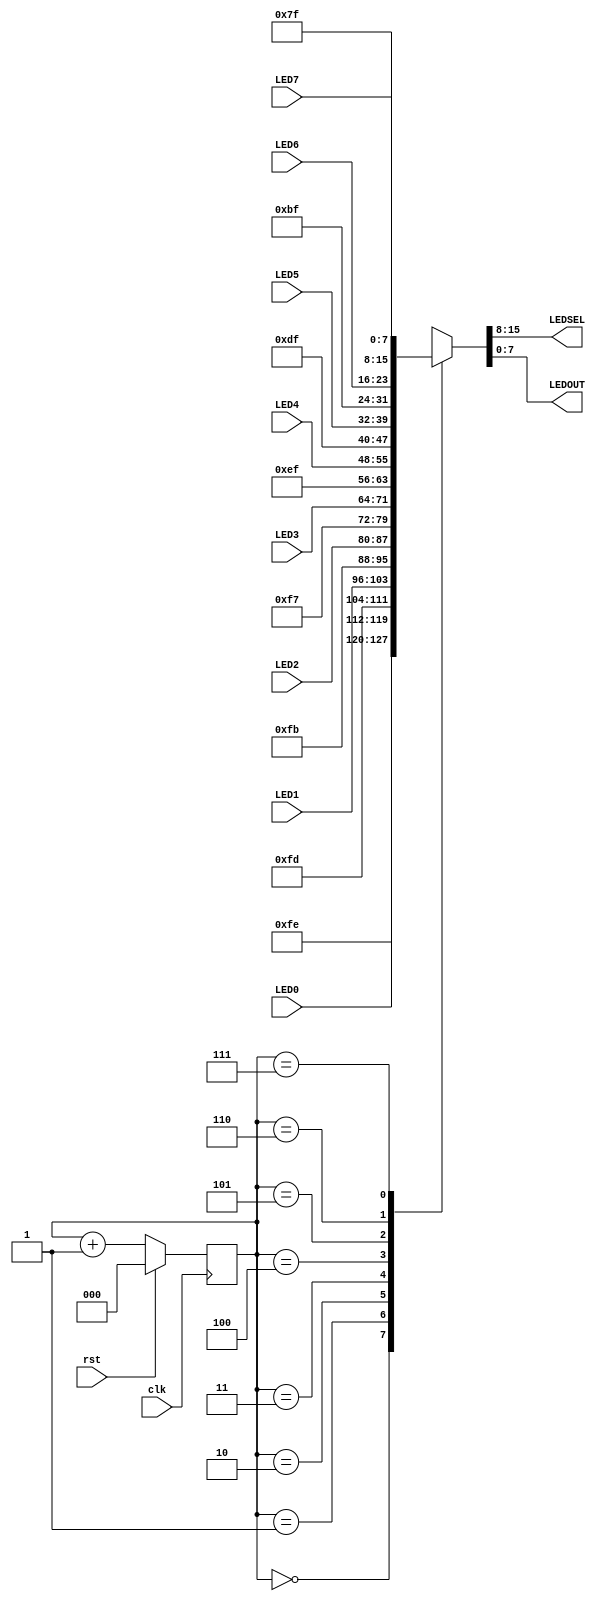
`timescale 1ns / 1ps
//////////////////////////////////////////////////////////////////////////////////
// Company: 
// Engineer: 
// 
// Design Name: 
// Module Name: led_mux
// Project Name: 
// Target Devices: 
// Tool Versions: 
// Description: 
// 
// Dependencies: 
// 
// Revision:
// Revision 0.01 - File Created
// Additional Comments:
// 
//////////////////////////////////////////////////////////////////////////////////


module led_mux
(input clk, rst, input [7:0] LED7, LED6, LED5, LED4, LED3, LED2, LED1, LED0,
output [7:0] LEDSEL, LEDOUT);
        reg [2:0]   index;
        reg [15:0]  led_ctrl;
        
        assign {LEDSEL, LEDOUT} = led_ctrl;
        
        always @ (posedge clk) index <= (rst) ? 3'b0 : (index + 3'd1);
        
        always @ (index, LED0, LED1, LED2, LED3, LED4, LED5, LED6, LED7)
        begin
                case (index)
                        0:      led_ctrl <= {8'b11111110, LED0};
                        1:      led_ctrl <= {8'b11111101, LED1};
                        2:      led_ctrl <= {8'b11111011, LED2};
                        3:      led_ctrl <= {8'b11110111, LED3};
                        4:      led_ctrl <= {8'b11101111, LED4};
                        5:      led_ctrl <= {8'b11011111, LED5};
                        6:      led_ctrl <= {8'b10111111, LED6};
                        7:      led_ctrl <= {8'b01111111, LED7};
                        default:led_ctrl <= {8'b11111111, 8'hFF};
                endcase
        end
endmodule